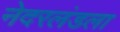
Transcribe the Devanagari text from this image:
नेदरलंडला